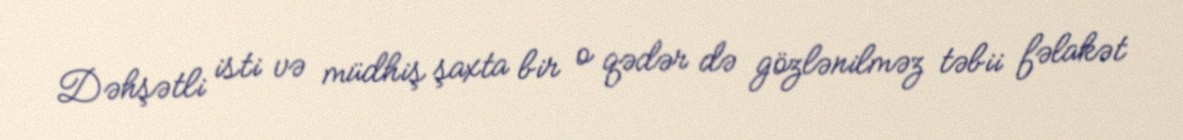
Dəhşətli isti və müdhiş şaxta bir o qədər də gözlənilməz təbii fəlakət